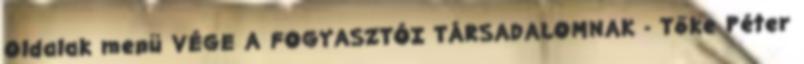
Oldalak menü VÉGE A FOGYASZTÓI TÁRSADALOMNAK - Tőke Péter